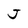
Character: J